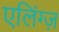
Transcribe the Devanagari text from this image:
एलिंग्ज़